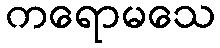
ကရောမသေ